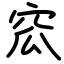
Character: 窊